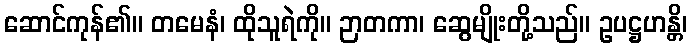
ဆောင်ကုန်၏။ တမေနံ၊ ထိုသူရဲကို။ ဉာတကာ၊ ဆွေမျိုးတို့သည်။ ဥပဋ္ဌဟန္တိ၊